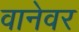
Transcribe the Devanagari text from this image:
वानेवर